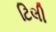
ટિલી